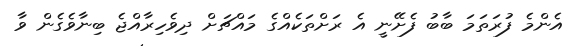
އެންމެ ފުރަތަމަ ބާބު ފެށޭނީ އެ ރަށްތަކެއްގެ މައްޗަށް ދިވެހިރާއްޖެ ބިނާވެގެން ވާ